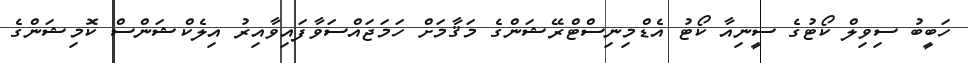
ހަބީބު ސިވިލް ކޯޓުގެ ސީނިއާ ކޯޓު އެޑްމިނިސްޓްރޭޝަންގެ މަޤާމަށް ހަމަޖައްސަވާފައިވާއިރު އިލެކްޝަންސް ކޮމިޝަންގެ